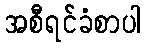
အစီရင်ခံစာပါ